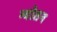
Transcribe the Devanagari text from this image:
न्योतन